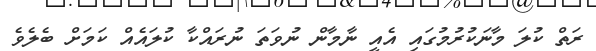
ރަތް ކުލަ މާނަކުރުމުގައި އެއީ ނާމާން ނުވަތަ ނުރައްކާ ކުލައެއް ކަމަށް ބެލެވެ